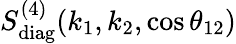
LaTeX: S_{\mathrm{diag}}^{(4)}(k_{1},k_{2},\cos\theta_{12})